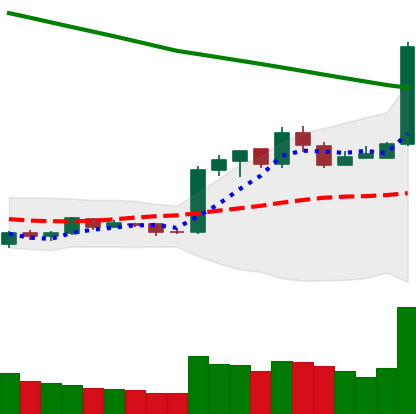
Ticker: EOS-USD
Chart end date: 2019-02-18
Forward return: 23.013%
Label: up_7plus